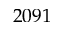
2 0 9 1